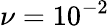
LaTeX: \nu=10^{-2}